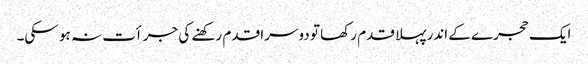
ایک حجرے کے اندر پہلا قدم رکھا تو دوسرا قدم رکھنے کی جرأت نہ ہو سکی۔